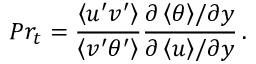
P r _ { t } = \frac { \left< u ^ { \prime } v ^ { \prime } \right> } { \left< v ^ { \prime } \theta ^ { \prime } \right> } \frac { { \partial \left< \theta \right> } / { \partial y } } { { \partial \left< u \right> } / { \partial y } } \, .